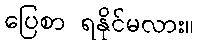
ပြေစာ ရနိုင်မလား။